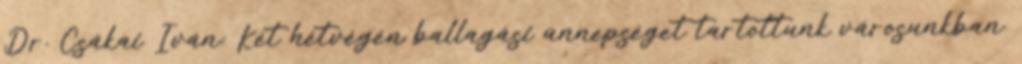
Dr. Csákai Iván: Két hétvégén ballagási ünnepséget tartottunk városunkban.